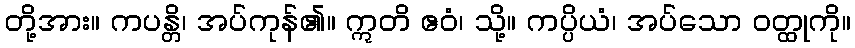
တို့အား။ ကပန္တိ၊ အပ်ကုန်၏။ ဣတိ ဧဝံ၊ သို့။ ကပ္ပိယံ၊ အပ်သော ဝတ္ထုကို။